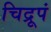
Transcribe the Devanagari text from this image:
चिद्रूपं